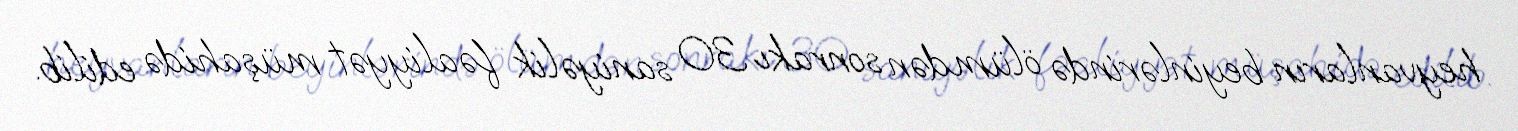
heyvanların beyinlərində ölümdən sonrakı 30 saniyəlik fəaliyyət müşahidə edilib.